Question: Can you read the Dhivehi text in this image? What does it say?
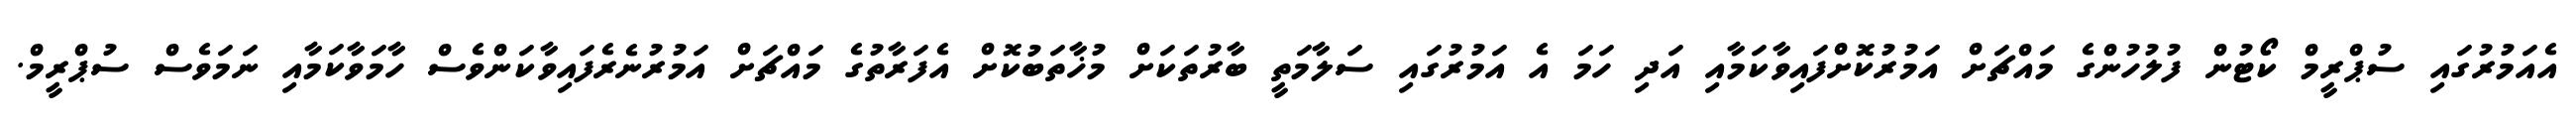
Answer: އެއަމުރުގައި ސުޕްރީމް ކޯޓުން ފުލުހުންގެ މައްޗަށް އަމުރުކޮށްފައިވާކަމާއި އަދި ހަމަ އެ އަމުރުގައި ސަލާމަތީ ބާރުތަކަށް މުޚާތަބުކޮށް އެފަރާތުގެ މައްޗަށް އަމުރުނެރެފައިވާކަންވެސް ހާމަވާކަމާއި ނަމަވެސް ސުޕްރީމް.